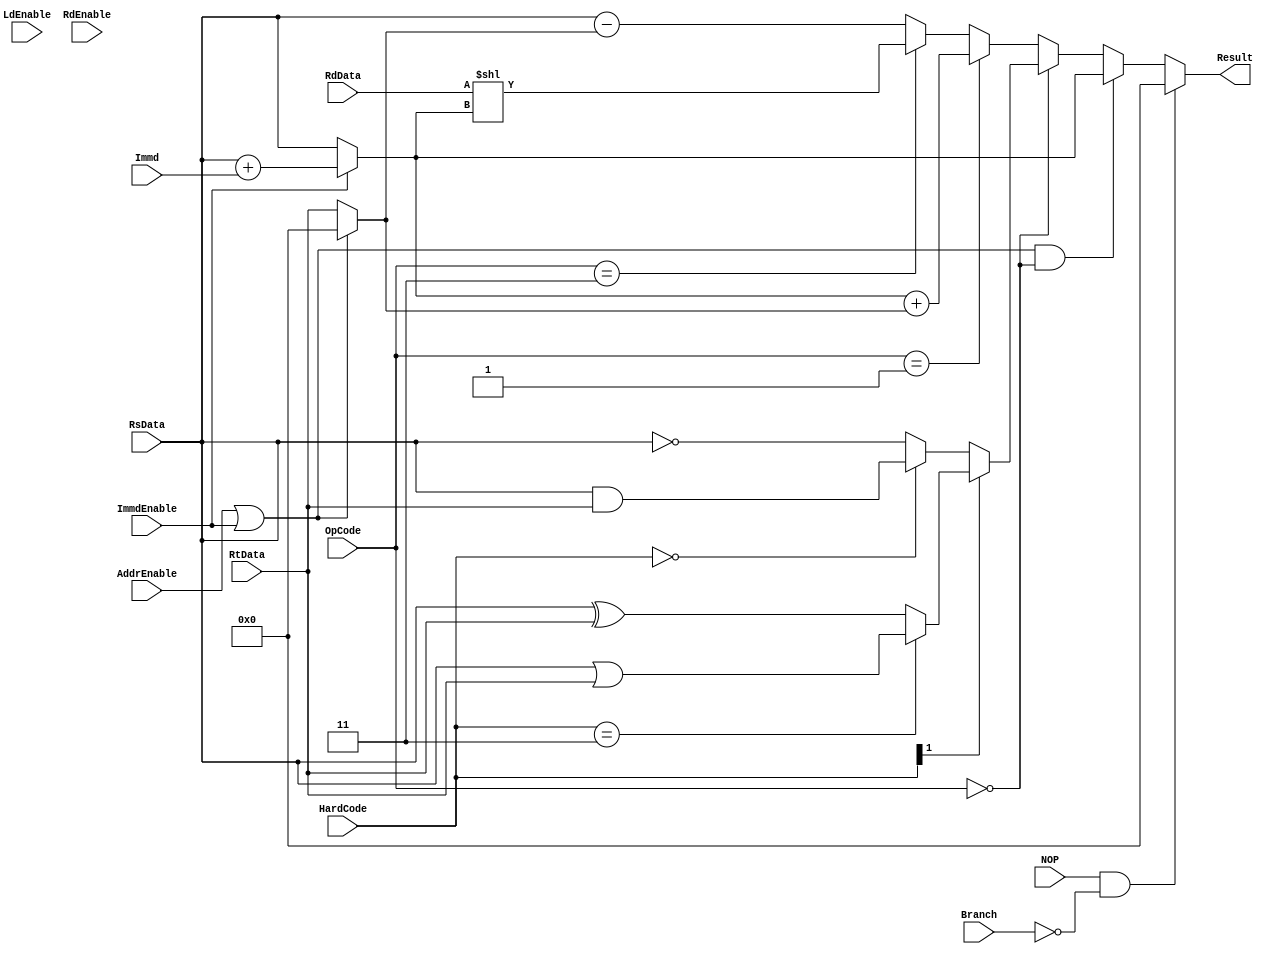
`timescale 1ns/1ps 
module ALU(OpCode, HardCode, ImmdEnable, Branch, Immd, RsData, RtData, RdData, Result, LdEnable, RdEnable, AddrEnable, NOP);
    
input [1:0] OpCode; //00-nothing, 01-ADD, 10-SUB, 11-SH
input [1:0] HardCode; //00-AND, 01-MVN (NOT), 10-OR, 11-XOR
input ImmdEnable;
input [2:0] Branch;
input [19:0] Immd;
input [31:0] RsData, RtData, RdData;
input LdEnable, RdEnable, AddrEnable;
input NOP;

output [31:0] Result;   

wire [31:0] OpResult0, OpResult;
wire [31:0] HResult0, HResult1, HResult;
wire [31:0] Result0, Result1;
wire [31:0] RsValue, RtValue;
wire [31:0] RdShift, RdSub, RdAdd;

//RsData
assign RsValue = (ImmdEnable) ? (RsData[31:0] + Immd[19:0]) : RsData[31:0];
//RtData
assign RtValue = (AddrEnable || ImmdEnable) ? 32'h00000000 : RtData[31:0];

//RdShift
assign RdShift = RdData << RsValue;

//RdSub
assign RdSub = RsData[31:0] - RtValue[31:0];

//RdAdd
assign RdAdd = RsValue[31:0] + RtValue[31:0];


//OpCode       //Shift and Subtract
assign OpResult0 = (OpCode == 2'b11) ? RdShift[31:0] : RdSub[31:0];
               //ADD
assign OpResult = ((OpCode == 2'b01) ) ? RdAdd[31:0] : OpResult0[31:0]; 


//HardCode     //XOR and OR
assign HResult1 = (HardCode == 2'b11) ? (RsData[31:0] | RtData[31:0]) : (RsData[31:0] ^ RtData[31:0]);
               //AND and NOT
assign HResult0 = (HardCode == 2'b00) ? (RsData[31:0] & RtData[31:0]) : (~RsData[31:0]);

assign HResult = (HardCode[1] == 1'b1) ? HResult1[31:0] : HResult0[31:0];


//FINAL SOLUTION
assign Result0 = (OpCode == 2'b00) ? HResult[31:0] : OpResult[31:0];
assign Result1 = (((ImmdEnable)||(AddrEnable)) && (OpCode == 2'b00)) ? RsValue[31:0] : Result0[31:0];
assign Result = (NOP && (Branch == 3'b000)) ? {32'h00000000} : Result1[31:0];


 
endmodule